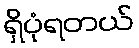
ရှိပုံရတယ်